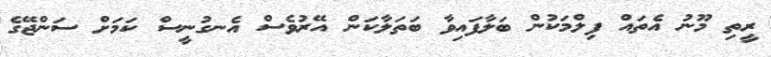
ރީތި މޫނު އެތައް ފިލްމަކުން ބަލާފައިވާ ބަތަލާކަން އޭރުވެސް އެނގުނީސް ކަމަށް ސަންޖޭގެ